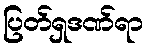
ပြတ်ရှဒဏ်ရာ